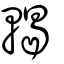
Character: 輵